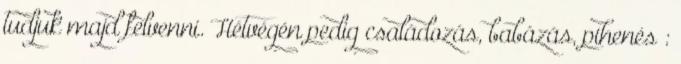
tudjuk majd felvenni. Hétvégén pedig családozás, babázás, pihenés :